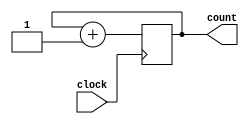
`timescale 1ns / 1ps
//////////////////////////////////////////////////////////////////////////////////
// Company: 
// Engineer: 
// 
// Design Name: 
// Module Name: 2bitcounter
// Project Name: 
// Target Devices: 
// Tool Versions: 
// Description: 
// 
// Dependencies: 
// 
// Revision:
// Revision 0.01 - File Created
// Additional Comments:
// 
//////////////////////////////////////////////////////////////////////////////////


module twobitcounter(input clock,output reg [1:0]count);
initial begin
  count = 0;
  end
always @(posedge clock) begin
        count <= count + 1;
        end
endmodule